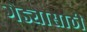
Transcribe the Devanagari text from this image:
गेड्यासाठी